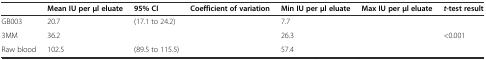
<table><thead><tr><td>[EMPTY_CELL]</td><td><b>Mean IU perμl eluate</b></td><td><b>95% CI</b></td><td><b>Coefficient of variation</b></td><td><b>Min IU perμl eluate</b></td><td><b>Max IU perμl eluate</b></td><td><b><i>t</i>-test result</b></td></tr></thead><tbody><tr><td>GB003</td><td>20.7</td><td>(17.1 to 24.2)</td><td>[EMPTY_CELL]</td><td>7.7</td><td>[EMPTY_CELL]</td><td>[EMPTY_CELL]</td></tr><tr><td>3MM</td><td>36.2</td><td>[EMPTY_CELL]</td><td>[EMPTY_CELL]</td><td>26.3</td><td>[EMPTY_CELL]</td><td>&lt;0.001</td></tr><tr><td>Raw blood</td><td>102.5</td><td>(89.5 to 115.5)</td><td>[EMPTY_CELL]</td><td>57.4</td><td>[EMPTY_CELL]</td><td>[EMPTY_CELL]</td></tr></tbody></table>